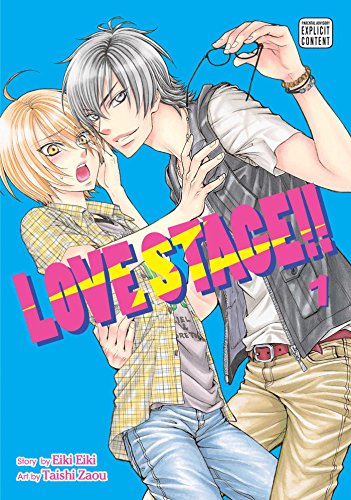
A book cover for Love Stage!!, Vol. 1; Eiki Eiki; Comics & Graphic Novels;